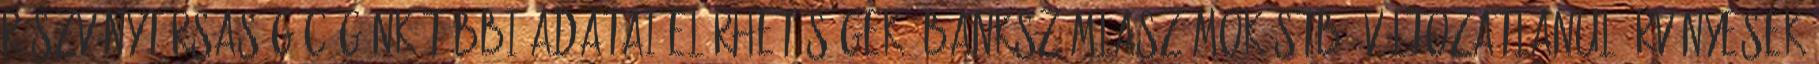
Részvénytársaság Cégünk többi adatai elérhetőségek, bankszámlaszámok stb. változatlanul érvényesek